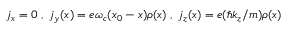
j _ { x } = 0 \; , \; j _ { y } ( x ) = e \omega _ { c } ( x _ { 0 } - x ) \rho ( x ) \; , \; j _ { z } ( x ) = e ( \hbar k _ { z } / m ) \rho ( x ) \;